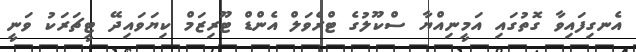
އެނގިފައިވާ ގޮތުގައި އަމީނިއްޔާ ސްކޫލުގެ ޓްރެވަލް އެންޑް ޓޫރިޒަމް ކިޔަވައިދޭ ޓީޗަރަކު ވަނީ